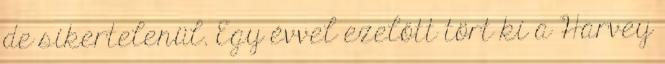
de sikertelenül. Egy évvel ezelőtt tört ki a Harvey